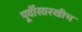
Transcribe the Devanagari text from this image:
पूर्वीसारखीच